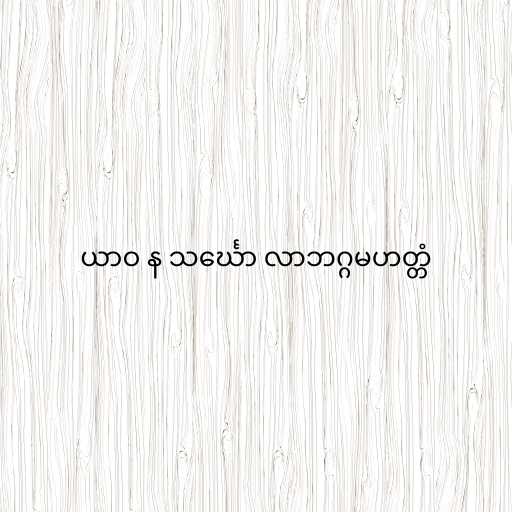
ယာဝ န သင်္ဃော လာဘဂ္ဂမဟတ္တံ